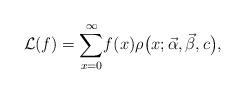
LaTeX: \begin{align*}\mathcal{L}(f) ={\displaystyle\sum\limits_{x=0}^{\infty}}f(x)\rho\big( x;\vec{\alpha},\vec{\beta},c\big) ,\end{align*}